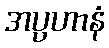
အပ္ပဟာနံ